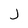
Character: J